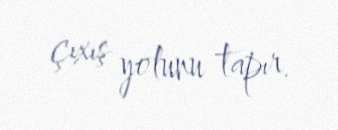
çıxış yolunu tapır.